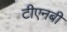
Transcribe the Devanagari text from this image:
टीएनबी